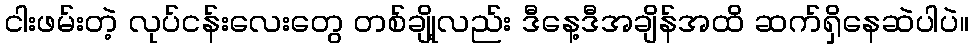
ငါးဖမ်းတဲ့ လုပ်ငန်းလေးတွေ တစ်ချို့လည်း ဒီနေ့ဒီအချိန်အထိ ဆက်ရှိနေဆဲပါပဲ။